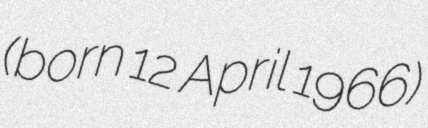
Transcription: (born 12 April 1966)